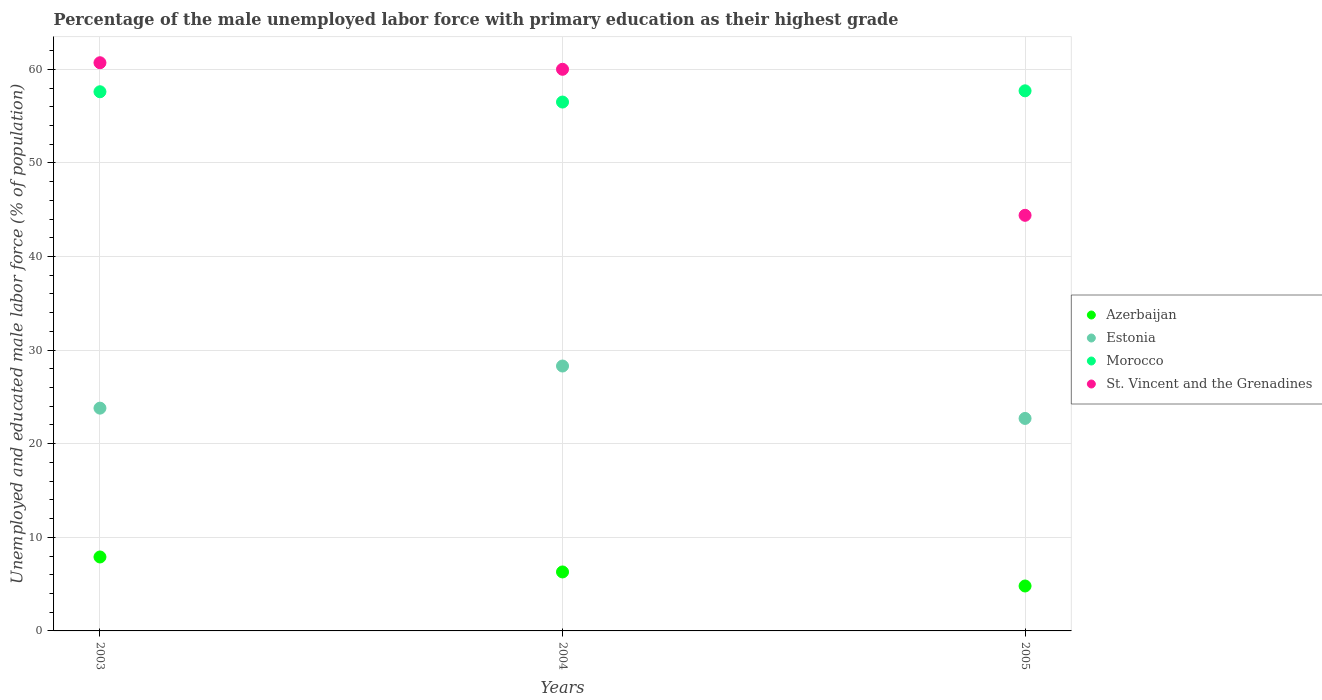
| Years | Azerbaijan | Estonia | Morocco | St. Vincent and the Grenadines |
 | --- | --- | --- | --- | --- |
 | 2003 | 7.9 | 23.8 | 57.6 | 60.7 |
 | 2004 | 6.3 | 28.3 | 56.5 | 60 |
 | 2005 | 4.8 | 22.7 | 57.7 | 44.4 |